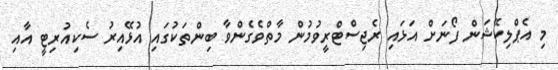
މި އެޕްލިކޭޝަން ފޯނަށް އަޅައި ރެޖިސްޓްރީވުމުން މާތްވެގެންވާ ބިންތަކުގައި އުޅޭއިރު ސެކިއުރިޓީ އާއި